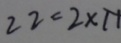
2 2 = 2 \times 1 1